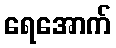
ရေအောက်